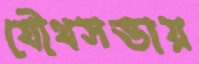
যৌথসভায়